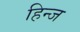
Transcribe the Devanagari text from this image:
हिन्ज